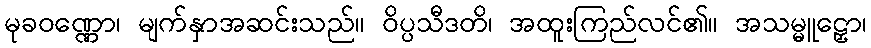
မုခဝဏ္ဏော၊ မျက်နှာအဆင်းသည်။ ဝိပ္ပသီဒတိ၊ အထူးကြည်လင်၏။ အသမ္မူဠှော၊